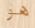
هو